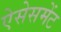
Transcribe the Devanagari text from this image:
ऐसेसमेंट